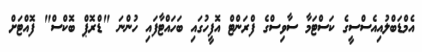
އެމްޑަބްލުއިއެސްސީގެ ކަސްޓަމާ ސާވިސްގެ ފްރަންޓް އޮފީހުގައި ބަހައްޓާފައި ހުންނަ "ޑްރޮޕް ބޮކްސް" ފޮއްޓަށް